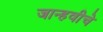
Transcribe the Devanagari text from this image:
जान्हवीचे